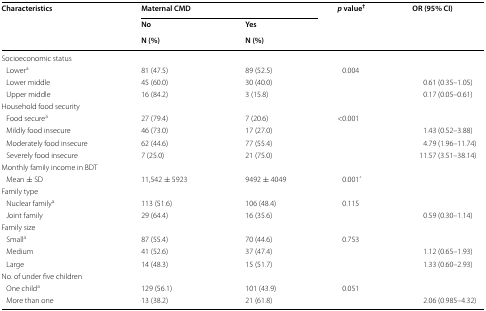
<table><thead><tr><td rowspan="3"><b>Characteristics</b></td><td colspan="2"><b>Maternal CMD</b></td><td rowspan="3"><b><i>p</i> value<sup>†</sup></b></td><td rowspan="3"><b>OR (95% CI)</b></td></tr><tr><td><b>No</b></td><td><b>Yes</b></td></tr><tr><td><b>N (%)</b></td><td><b>N (%)</b></td></tr></thead><tbody><tr><td colspan="5">Socioeconomic status</td></tr><tr><td> Lower<sup>a</sup></td><td>81 (47.5)</td><td>89 (52.5)</td><td rowspan="3">0.004</td><td></td></tr><tr><td> Lower middle</td><td>45 (60.0)</td><td>30 (40.0)</td><td>0.61 (0.35–1.05)</td></tr><tr><td> Upper middle</td><td>16 (84.2)</td><td>3 (15.8)</td><td>0.17 (0.05–0.61)</td></tr><tr><td colspan="5">Household food security</td></tr><tr><td> Food secure<sup>a</sup></td><td>27 (79.4)</td><td>7 (20.6)</td><td rowspan="4">&lt;0.001</td><td></td></tr><tr><td> Mildly food insecure</td><td>46 (73.0)</td><td>17 (27.0)</td><td>1.43 (0.52–3.88)</td></tr><tr><td> Moderately food insecure</td><td>62 (44.6)</td><td>77 (55.4)</td><td>4.79 (1.96–11.74)</td></tr><tr><td> Severely food insecure</td><td>7 (25.0)</td><td>21 (75.0)</td><td>11.57 (3.51–38.14)</td></tr><tr><td colspan="5">Monthly family income in BDT</td></tr><tr><td> Mean ± SD</td><td>11,542 ± 5923</td><td>9492 ± 4049</td><td>0.001ˆ</td><td></td></tr><tr><td colspan="5">Family type</td></tr><tr><td> Nuclear family<sup>a</sup></td><td>113 (51.6)</td><td>106 (48.4)</td><td rowspan="2">0.115</td><td></td></tr><tr><td> Joint family</td><td>29 (64.4)</td><td>16 (35.6)</td><td>0.59 (0.30–1.14)</td></tr><tr><td colspan="5">Family size</td></tr><tr><td> Small<sup>a</sup></td><td>87 (55.4)</td><td>70 (44.6)</td><td rowspan="3">0.753</td><td></td></tr><tr><td> Medium</td><td>41 (52.6)</td><td>37 (47.4)</td><td>1.12 (0.65–1.93)</td></tr><tr><td> Large</td><td>14 (48.3)</td><td>15 (51.7)</td><td>1.33 (0.60–2.93)</td></tr><tr><td colspan="5">No. of under five children</td></tr><tr><td> One child<sup>a</sup></td><td>129 (56.1)</td><td>101 (43.9)</td><td rowspan="2">0.051</td><td></td></tr><tr><td> More than one</td><td>13 (38.2)</td><td>21 (61.8)</td><td>2.06 (0.985–4.32)</td></tr></tbody></table>